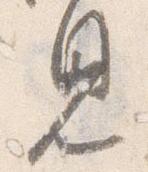
見